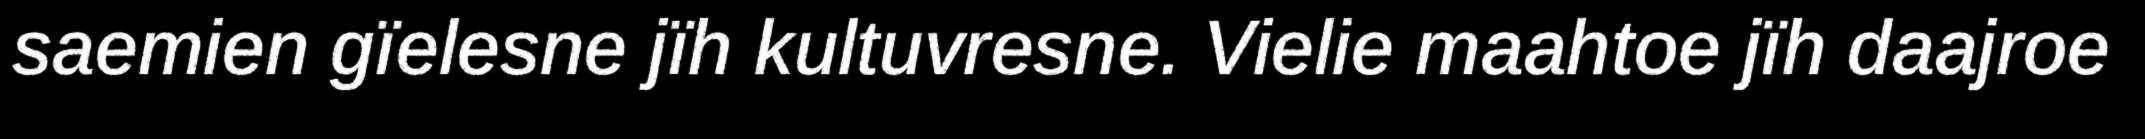
saemien gïelesne jïh kultuvresne. Vielie maahtoe jïh daajroe